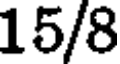
15/8